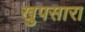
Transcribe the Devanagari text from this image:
खुपसारा